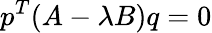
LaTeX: p^{T}(A-\lambda B)q=0